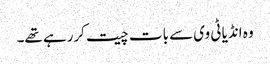
وہ انڈیا ٹی وی سے بات چیت کررہے تھے۔